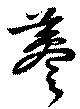
蔘